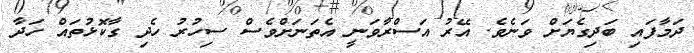
ދަމާފައި ބަދިގެޔަށް ވަނެވެ. އޭރު އަސްރާވަނީ އެތަނަށްވެސް ސިހުރު ހެދި ގާކޮޅުތައް ހަދާ